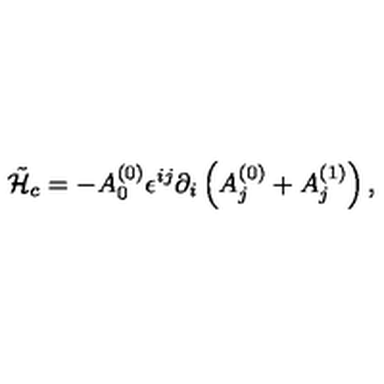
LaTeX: \tilde { \cal H } _ { c } = - A _ { 0 } ^ { ( 0 ) } \epsilon ^ { i j } \partial _ { i } \left( A _ { j } ^ { ( 0 ) } + A _ { j } ^ { ( 1 ) } \right) ,